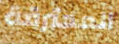
المحترقة